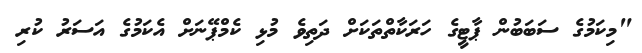
"މިކަމުގެ ސަބަބުން ޕާޓީގެ ހަރަކާތްތަކަށް ދަތިވެ މުޅި ކެމްޕޭނަށް އެކަމުގެ އަސަރު ކުރި